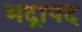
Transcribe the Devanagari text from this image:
भद्रापद